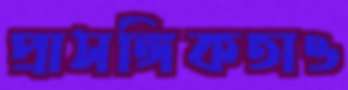
প্রাসঙ্গিকতাও